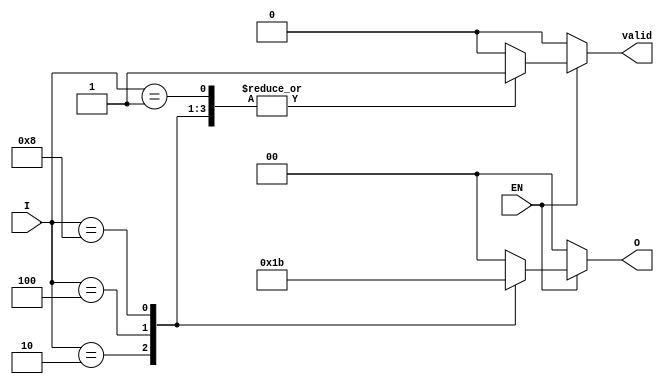
module one_of_n_encoder #(
    parameter N = 4 // Number of inputs, should be a power of 2
)(
    input wire [N-1:0] I, // N input lines
    input wire EN,        // Enable signal
    output reg [$clog2(N)-1:0] O, // log2(N) output lines
    output reg valid      // Indicates if the output is valid
);

// Always block to implement the combinational logic
always @(*) begin
    if (!EN) begin
        // If enable is low, set output to default state (0)
        O = 0;
        valid = 0; // Output is not valid
    end else begin
        // Default output
        O = 0;
        valid = 0; // Assume invalid initially
        
        // Check for active input
        case (I)
            1'b1: begin O = 0; valid = 1; end
            2'b10: begin O = 1; valid = 1; end
            3'b100: begin O = 2; valid = 1; end
            4'b1000: begin O = 3; valid = 1; end
            // Add more cases if N > 4
            default: begin
                O = 0; // Default output if no valid input
                valid = 0; // Invalid state
            end
        endcase
    end
end

endmodule